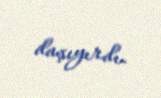
daşıyırdı.